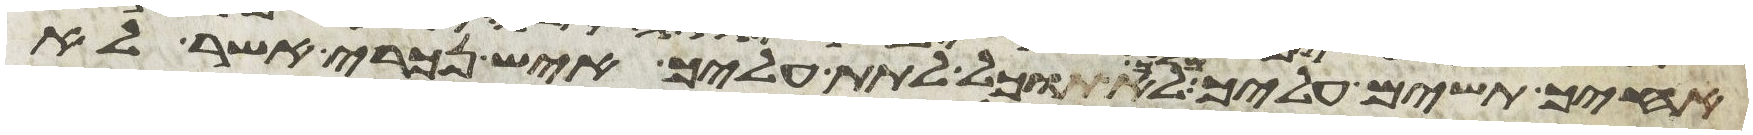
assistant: אחיך תשים עליך מלך לא תוכל לתת עליך איש נכרי אשר לא